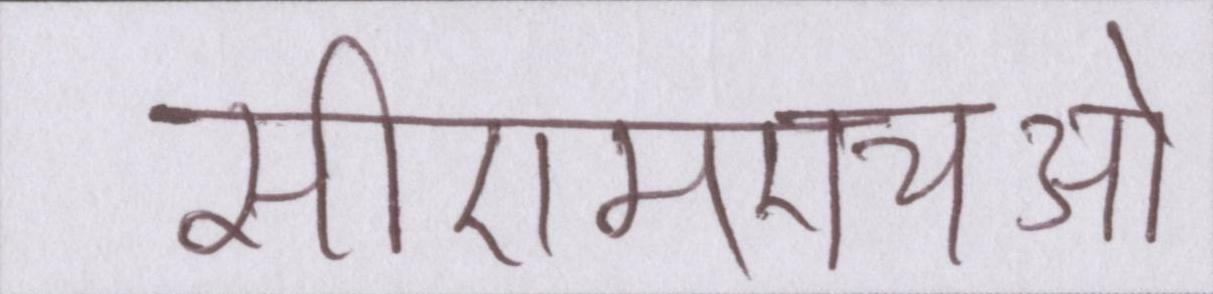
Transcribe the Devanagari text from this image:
सीएमएचओ